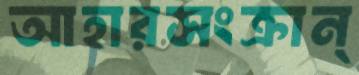
আহারসংক্রান্